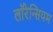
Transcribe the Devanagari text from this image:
लॉरेन्सियम